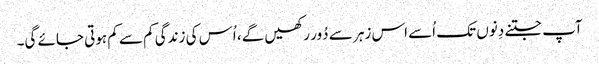
آپ جتنے دِنوں تک اُسے اس زہر سے دُور رکھیں گے، اُس کی زندگی کم سے کم ہوتی جائے گی۔